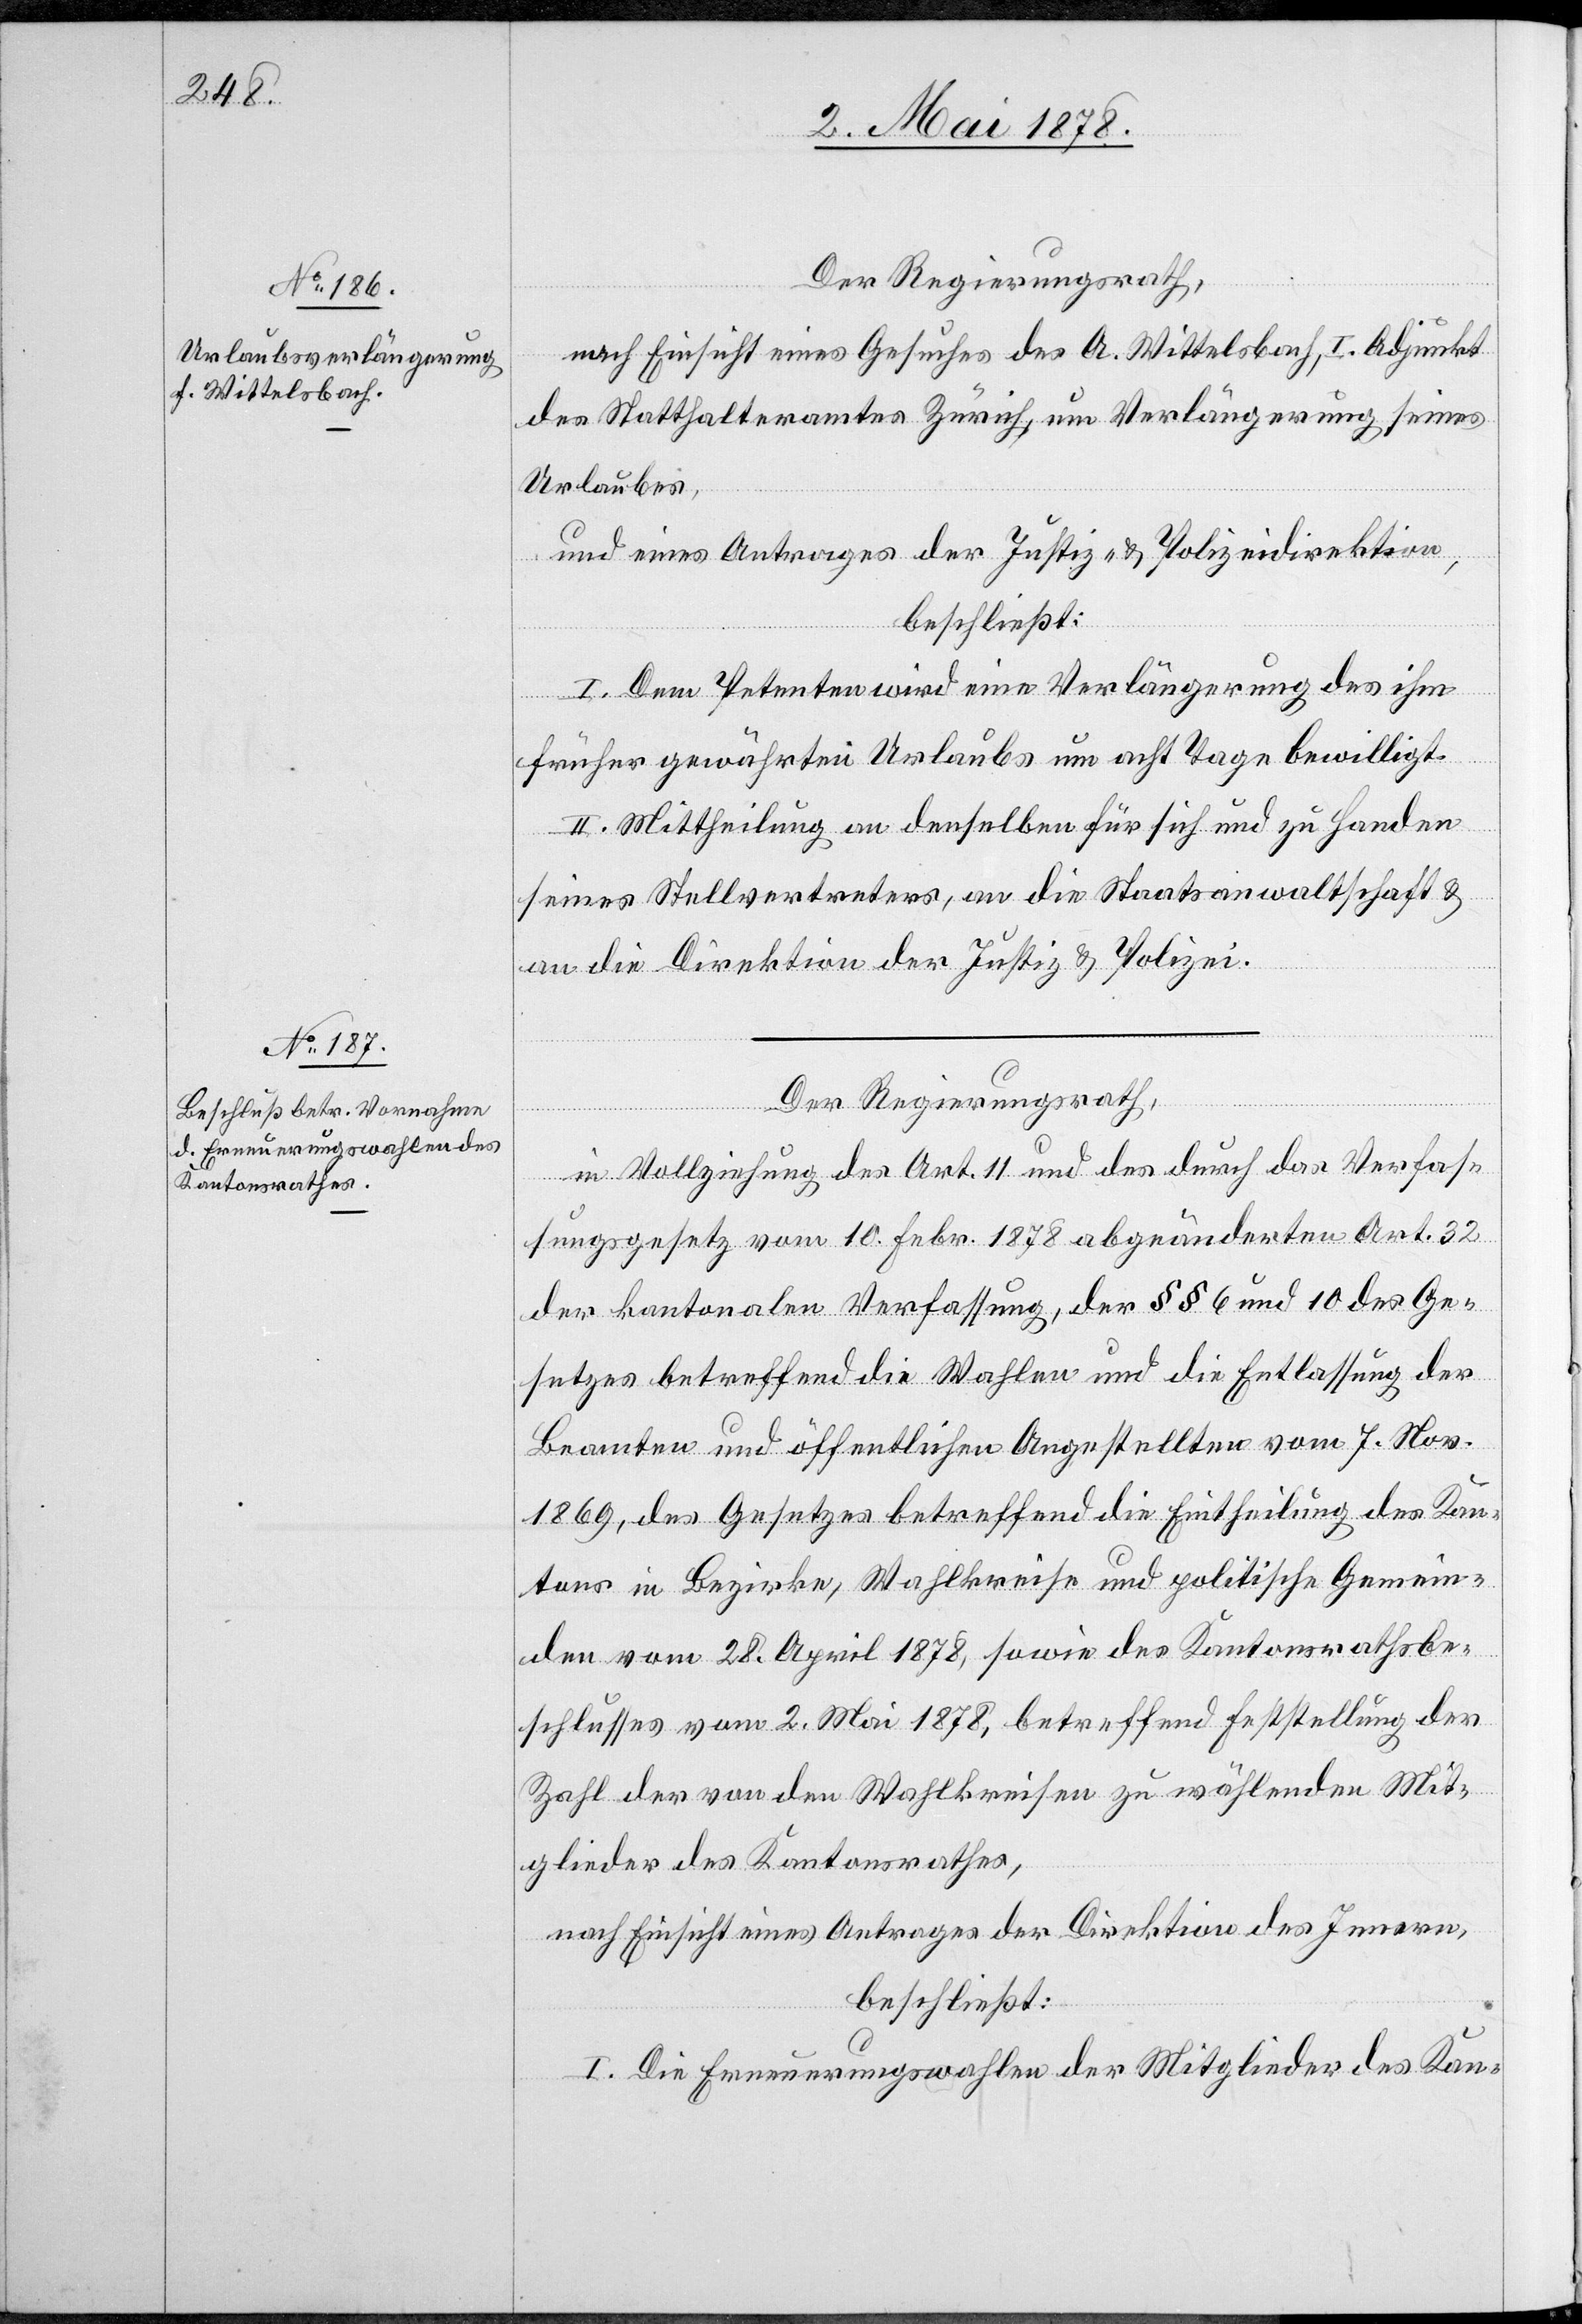
Der Regierungsrath,
nach Einsicht eines Gesuches des A. Wittelsbach, I. Adjunkt
des Statthalteramt Zürich, um Verlängerung seines
Urlaubes,
und eines Antrages der Justiz- & Polizeidirektion,
beschließt:
I. Dem Petenten wird eine Verlängerung des ihm
früher gewährten Urlaubs um acht Tage bewilligt.
II. Mittheilung an denselben für sich und zu Handen
seines Stellvertreters, an die Staatsanwaltschaft &
an die Direktion der Justiz & Polizei.
Der Regierungsrath,
in Vollziehung des Art. 11 und des durch das Verfas¬
sungsgesetz vom 10. Febr. 1878 abgeänderten Art. 32
der kantonalen Verfassung, der §§ 6 und 10 des Ge¬
setzes betreffend die Wahlen und die Entlassung der
Beamten und öffentlichen Angestellten vom 7. Nov.
1869, des Gesetzes betreffend die Eintheilung des Kan¬
tons in Bezirke, Wahlkreise und politische Gemein¬
den vom 28. April 1878, sowie des Kantonsrathsbe¬
schlusses vom 2. Mai 1878, betreffend Feststellung der
Zahl von den Wahlkreisen zu wählender Mit¬
glieder des Kantonsrathes,
nach Einsicht eines Antrages der Direktion des Innern,
beschließt:
I. Die Erneuerungswahlen der Mitglieder des Kan-